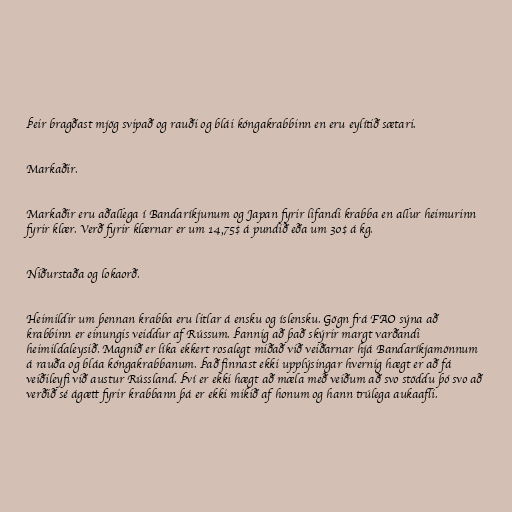
Þeir bragðast mjög svipað og rauði og blái kóngakrabbinn en eru eylítið sætari.

Markaðir.

Markaðir eru aðallega í Bandaríkjunum og Japan fyrir lifandi krabba en allur heimurinn
fyrir klær. Verð fyrir klærnar er um 14,75$ á pundið eða um 30$ á kg.

Niðurstaða og lokaorð.

Heimildir um þennan krabba eru litlar á ensku og íslensku. Gögn frá FAO sýna að
krabbinn er einungis veiddur af Rússum. Þannig að það skýrir margt varðandi
heimildaleysið. Magnið er líka ekkert rosalegt miðað við veiðarnar hjá Bandaríkjamönnum
á rauða og bláa kóngakrabbanum. Það finnast ekki upplýsingar hvernig hægt er að fá
veiðileyfi við austur Rússland. Því er ekki hægt að mæla með veiðum að svo stöddu þó svo að
verðið sé ágætt fyrir krabbann þá er ekki mikið af honum og hann trúlega aukaafli.